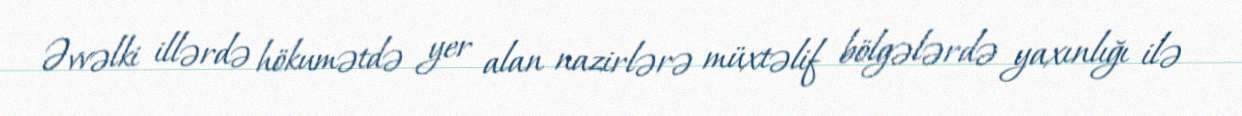
Əvvəlki illərdə hökumətdə yer alan nazirlərə müxtəlif bölgələrdə yaxınlığı ilə